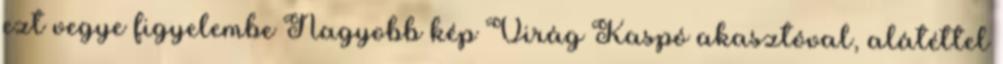
ezt vegye figyelembe Nagyobb kép Virág Kaspó akasztóval, alátéttel